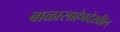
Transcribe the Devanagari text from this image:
बाळासाहेबदेखील